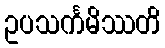
ဥပသင်္ကမိဿတိ